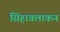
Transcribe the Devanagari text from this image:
सिंहावलाकन